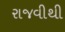
રાજવીથી